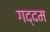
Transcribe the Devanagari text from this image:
गद्दम